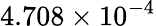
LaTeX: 4.708\times 10^{-4}